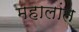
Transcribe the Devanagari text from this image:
महालांत